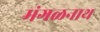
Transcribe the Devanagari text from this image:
मंगळनाथ